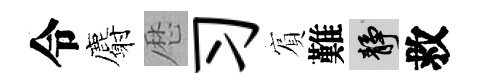
令麝厯习賔難靜救